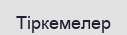
Тіркемелер